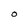
Character: O